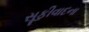
સૂફીવાદના